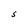
Character: S